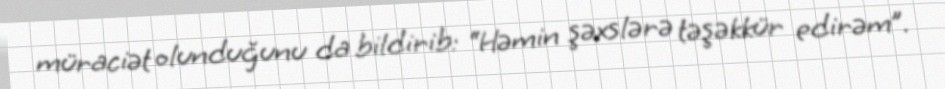
müraciət olunduğunu da bildirib: “Həmin şəxslərə təşəkkür edirəm”.